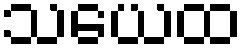
သယေထ